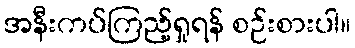
အနီးကပ်ကြည့်ရှုရန် စဉ်းစားပါ။